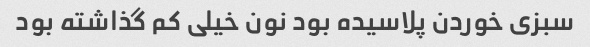
سبزی خوردن پلاسیده بود نون خیلی کم گذاشته بود